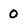
Character: o